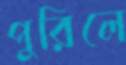
পুরিলে